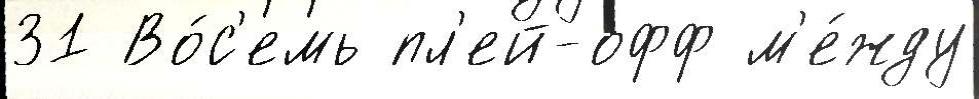
31 Во́с'емь пл'ей-офф м'е́жду